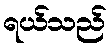
ရယ်သည်